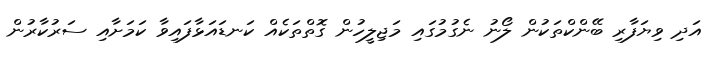
އަދި ވިޔަފާރި ބޭންކްތަކުން ލޯނު ނެގުމުގައި މަޖިލީހުން ގޮތްތަކެއް ކަނޑައަޅާފައިވާ ކަމަށާއި ސަރުކާރުން